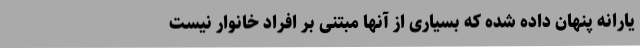
یارانه پنهان داده شده که بسیاری از آنها مبتنی بر افراد خانوار نیست